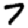
Digit: 7